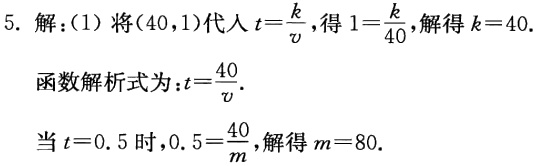
5. 解：(1) 将\((40,1)\)代入\(t = \frac{k}{v}\)，得\(1=\frac{k}{40}\)，解得\(k = 40\).
函数解析式为：\(t=\frac{40}{v}\).
当\(t = 0.5\)时，\(0.5=\frac{40}{m}\)，解得\(m = 80\).